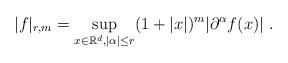
LaTeX: \begin{align*}| f |_{r,m} = \sup_{x \in \mathbb{R}^d, |\alpha| \le r} (1+|x|)^{m}|\partial^\alpha f (x)|~.\end{align*}